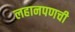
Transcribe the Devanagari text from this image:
लहानपणची